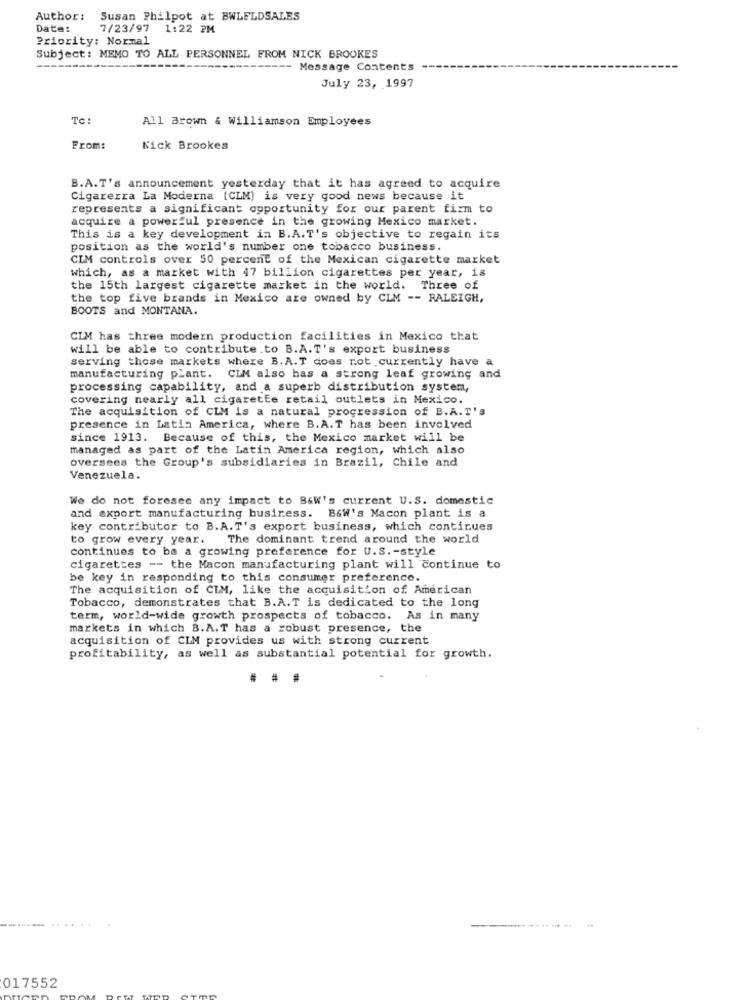
Author:
Susan Philpot at BWLELDSALES
Date:
7/23/97 1:22 PM
Priority: Normal
Subject: MEMO TO ALL PERSONNEL FROM NICK BROOKES
-----
-- Message Contents
July 23, 1997
To:
All Brown & Williamson Employees
From:
Kick Brookes
B.A.T's announcement yesterday that it has agreed to acquire
Cigarerra La Moderna [CLM) is very good news because it
represents a significant opportunity for our parent firm to
acquire a powerful presence in the growing Mexico market.
This is a key development in B.A.T's objective to regain its
position as the world's number one tobacco business.
CIM controls over 50 percent of the Mexican cigarette market
which, as a market with 47 billion cigarettes per year, is
the 15th largest cigarette market in the world. Three of
the top five brands in Mexico are owned by CLM -- RALEIGH,
BOOTS and MONTANA.
CIM has three modern production facilities in Mexico that
will be able to contribute.to B.A.T's export business
serving those markets where B.A.T does not currently have a
manufacturing plant. CLM also has a strong leaf growing and
processing capability, and a superb distribution system,
covering nearly all cigarette retail outlets in Mexico.
The acquisition of CLM is a natural progression of B.A. T's
presence in Latin America, where B.A.T has been involved
since 1913. Because of this, the Mexico market will be
managed as part of the Latin America region, which also
oversees the Group's subsidiaries in Brazil, Chile and
Venezuela.
We do not foresee any impact to B&W's current U.S. domestic
and export manufacturing business. B&W's Macon plant is a
key contributor to B.A.T's export business, which continues
to grow every year.
The dominant trend around the world
continues to be a growing preference for U.S. - style
cigarettes -- the Macon manufacturing plant will continue to
be key in responding to this consumer preference.
The acquisition of CIM, like the acquisition of American
Tobacco, demonstrates that B.A.T is dedicated to the long
term, world-wide growth prospects of tobacco. As in many
markets in which B.A.T has a robust presence, the
acquisition of CLM provides us with strong current
profitability, as well as substantial potential for growth.
#
017552